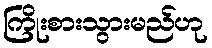
ကြိုးစားသွားမည်ဟု